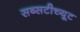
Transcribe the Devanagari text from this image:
सब्सटीच्यूट